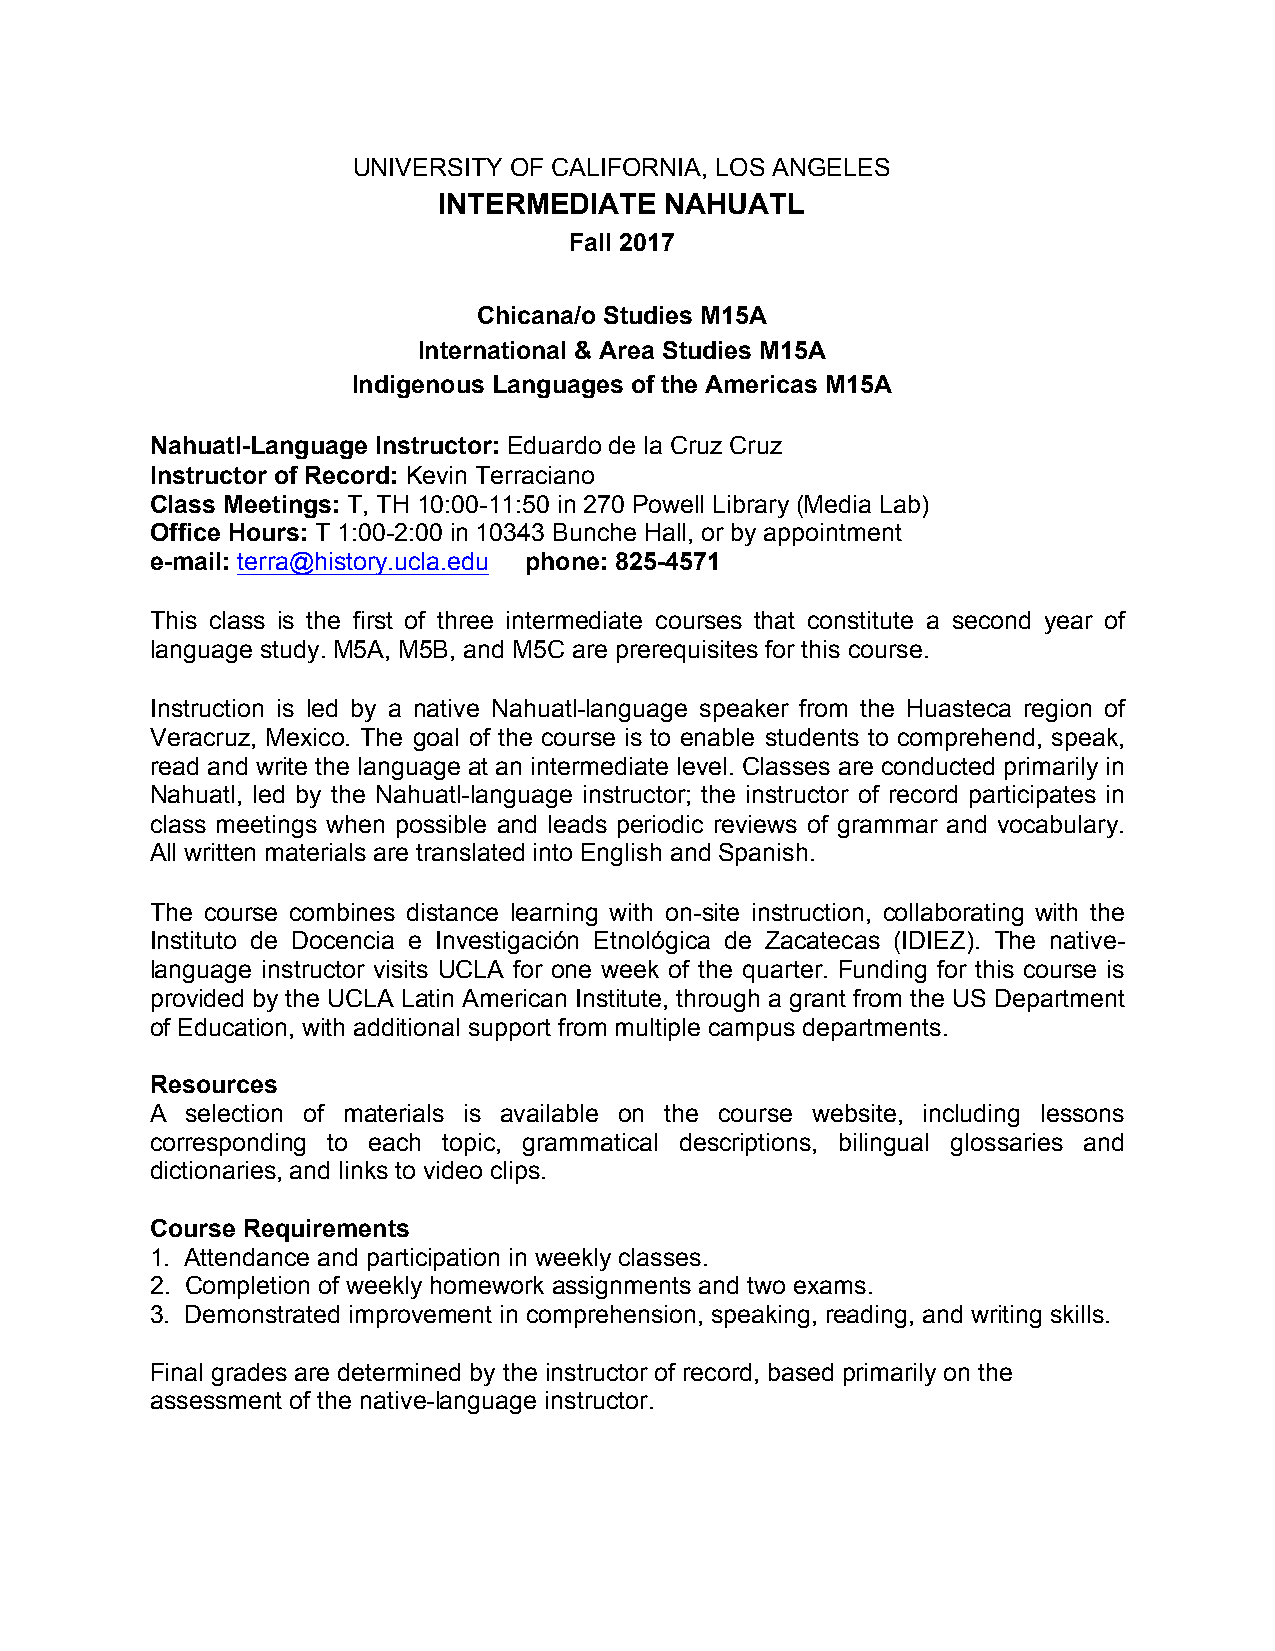
UNIVERSITY OF CALIFORNIA, LOS ANGELES
 INTERMEDIATE   NAHUATL
 Fall 2017
 Chicana/o Studies M15A
 International & Area Studies M15A
 Indigenous Languages of the Americas M15A
 Nahuatl-Language Instructor: Eduardo de la Cruz Cruz
 Instructor of Record: Kevin Terraciano
 Class Meetings: T, TH 10:00-11:50 in 270 Powell Library (Media Lab)
 Office Hours: T 1:00-2:00 in 10343 Bunche Hall, or by appointment
 e-mail: terra@history.ucla.edu phone: 825-4571
 This class is the first of three intermediate courses that constitute a second year of
 language study. M5A, M5B, and M5C are prerequisites for this course.
 Instruction is led by a native Nahuatl-language speaker from the Huasteca region of
 Veracruz, Mexico. The goal of the course is to enable students to comprehend, speak,
 read and write the language at an intermediate level. Classes are conducted primarily in
 Nahuatl, led by the Nahuatl-language instructor; the instructor of record participates in
 class meetings when possible and leads periodic reviews of grammar and vocabulary.
 All written materials are translated into English and Spanish.
 The course combines distance learning with on-site instruction, collaborating with the
 Instituto de Docencia e Investigación Etnológica de Zacatecas (IDIEZ). The native-
 language instructor visits UCLA for one week of the quarter. Funding for this course is
 provided by the UCLA Latin American Institute, through a grant from the US Department
 of Education, with additional support from multiple campus departments.
 Resources
 A selection of materials is available on the course website, including lessons
 corresponding to each topic, grammatical descriptions, bilingual glossaries and
 dictionaries, and links to video clips.
 Course Requirements
 1. Attendance and participation in weekly classes.
 2. Completion of weekly homework assignments and two exams.
 3. Demonstrated improvement in comprehension, speaking, reading, and writing skills.
 Final grades are determined by the instructor of record, based primarily on the
 assessment of the native-language instructor.